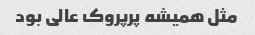
مثل همیشه پرپروک عالی بود